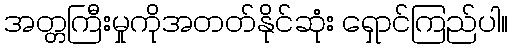
အတ္တကြီးမှုကိုအတတ်နိုင်ဆုံး ရှောင်ကြည်ပါ။